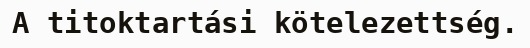
A titoktartási kötelezettség.